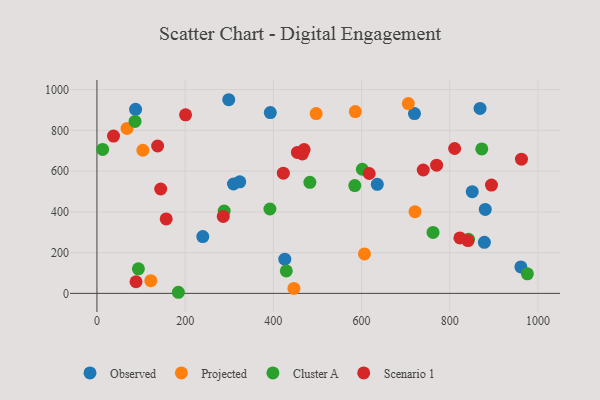
{"axis": {"x": "Speed", "y": "Sales"}, "legend": ["Cluster A", "Observed", "Projected", "Scenario 1"], "data": [{"x": "298.8", "y": 950.1, "type": "Observed"}, {"x": "240.0", "y": 278.7, "type": "Observed"}, {"x": "425.9", "y": 167.7, "type": "Observed"}, {"x": "393.1", "y": 887.1, "type": "Observed"}, {"x": "309.6", "y": 536.6, "type": "Observed"}, {"x": "868.6", "y": 907.2, "type": "Observed"}, {"x": "323.8", "y": 547.1, "type": "Observed"}, {"x": "87.6", "y": 903.1, "type": "Observed"}, {"x": "878.4", "y": 250.3, "type": "Observed"}, {"x": "719.9", "y": 882.0, "type": "Observed"}, {"x": "961.1", "y": 129.9, "type": "Observed"}, {"x": "880.4", "y": 411.6, "type": "Observed"}, {"x": "850.9", "y": 498.8, "type": "Observed"}, {"x": "635.6", "y": 535.0, "type": "Observed"}, {"x": "706.0", "y": 931.3, "type": "Projected"}, {"x": "446.6", "y": 24.0, "type": "Projected"}, {"x": "585.8", "y": 892.2, "type": "Projected"}, {"x": "68.3", "y": 809.1, "type": "Projected"}, {"x": "721.2", "y": 400.9, "type": "Projected"}, {"x": "497.0", "y": 882.1, "type": "Projected"}, {"x": "104.2", "y": 702.3, "type": "Projected"}, {"x": "606.5", "y": 193.7, "type": "Projected"}, {"x": "122.1", "y": 62.2, "type": "Projected"}, {"x": "288.5", "y": 403.8, "type": "Cluster A"}, {"x": "429.3", "y": 110.1, "type": "Cluster A"}, {"x": "392.2", "y": 414.0, "type": "Cluster A"}, {"x": "482.8", "y": 544.8, "type": "Cluster A"}, {"x": "872.5", "y": 708.9, "type": "Cluster A"}, {"x": "584.6", "y": 529.0, "type": "Cluster A"}, {"x": "975.9", "y": 95.9, "type": "Cluster A"}, {"x": "184.6", "y": 5.3, "type": "Cluster A"}, {"x": "842.5", "y": 265.1, "type": "Cluster A"}, {"x": "762.0", "y": 298.8, "type": "Cluster A"}, {"x": "601.7", "y": 608.9, "type": "Cluster A"}, {"x": "86.4", "y": 843.6, "type": "Cluster A"}, {"x": "12.9", "y": 706.2, "type": "Cluster A"}, {"x": "94.0", "y": 120.2, "type": "Cluster A"}, {"x": "465.7", "y": 684.0, "type": "Scenario 1"}, {"x": "144.6", "y": 512.0, "type": "Scenario 1"}, {"x": "286.4", "y": 377.3, "type": "Scenario 1"}, {"x": "617.3", "y": 588.2, "type": "Scenario 1"}, {"x": "822.9", "y": 271.8, "type": "Scenario 1"}, {"x": "157.0", "y": 365.0, "type": "Scenario 1"}, {"x": "811.0", "y": 710.8, "type": "Scenario 1"}, {"x": "422.6", "y": 589.9, "type": "Scenario 1"}, {"x": "739.8", "y": 605.3, "type": "Scenario 1"}, {"x": "841.2", "y": 259.1, "type": "Scenario 1"}, {"x": "37.6", "y": 771.7, "type": "Scenario 1"}, {"x": "770.1", "y": 628.9, "type": "Scenario 1"}, {"x": "137.6", "y": 723.1, "type": "Scenario 1"}, {"x": "962.5", "y": 658.3, "type": "Scenario 1"}, {"x": "200.9", "y": 875.8, "type": "Scenario 1"}, {"x": "454.5", "y": 691.4, "type": "Scenario 1"}, {"x": "469.7", "y": 705.5, "type": "Scenario 1"}, {"x": "894.5", "y": 531.3, "type": "Scenario 1"}, {"x": "88.6", "y": 57.0, "type": "Scenario 1"}]}